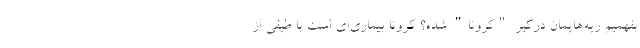
بفهمیم ریه‌هایمان درگیر "کرونا" شده؟ کرونا بیماری‌ای است با طیفی از